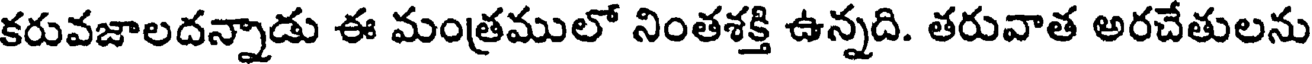
కరువజాలదన్నాడు ఈ మంత్రములో నింతశక్తి ఉన్నది. తరువాత అరచేతులను